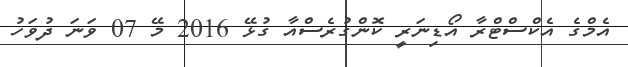
އެމްގެ އެކްސްޓްރާ އޯޑިނަރީ ކޮންގުރެސްއާ ގުޅޭ 2016 މޭ 07 ވަނަ ދުވަހު